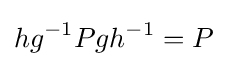
hg^{-1}Pgh^{-1}=P